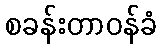
စခန်းတာဝန်ခံ